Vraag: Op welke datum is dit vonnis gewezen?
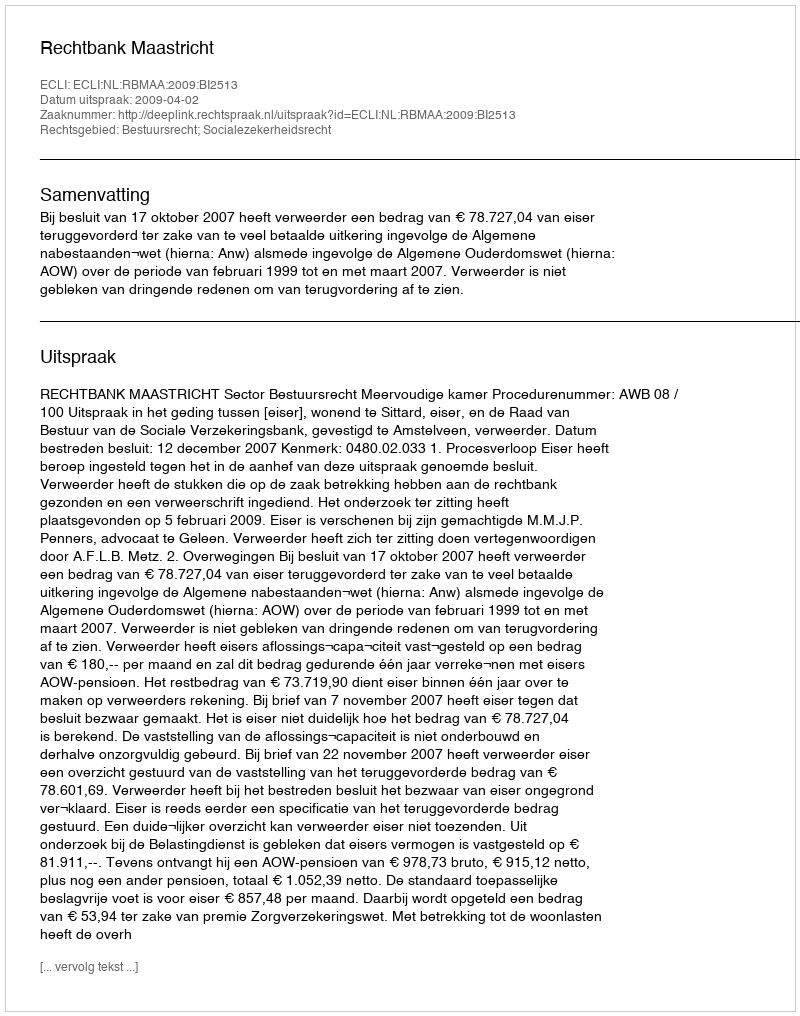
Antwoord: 2009-04-02